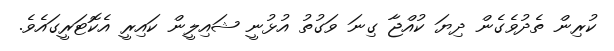
ކުރިން ތެދުވެގެން ދިޔަ ކުއްޖާ ގިނަ ވަގުތު އުޅުނީ ޝައިލީން ކައިރީ އެކޮޓަރީގައެވެ.